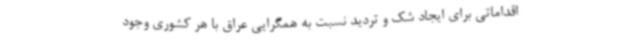
اقداماتی برای ایجاد شک و تردید نسبت به همگرایی عراق با هر کشوری وجود